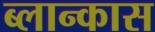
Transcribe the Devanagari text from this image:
ब्लान्कास